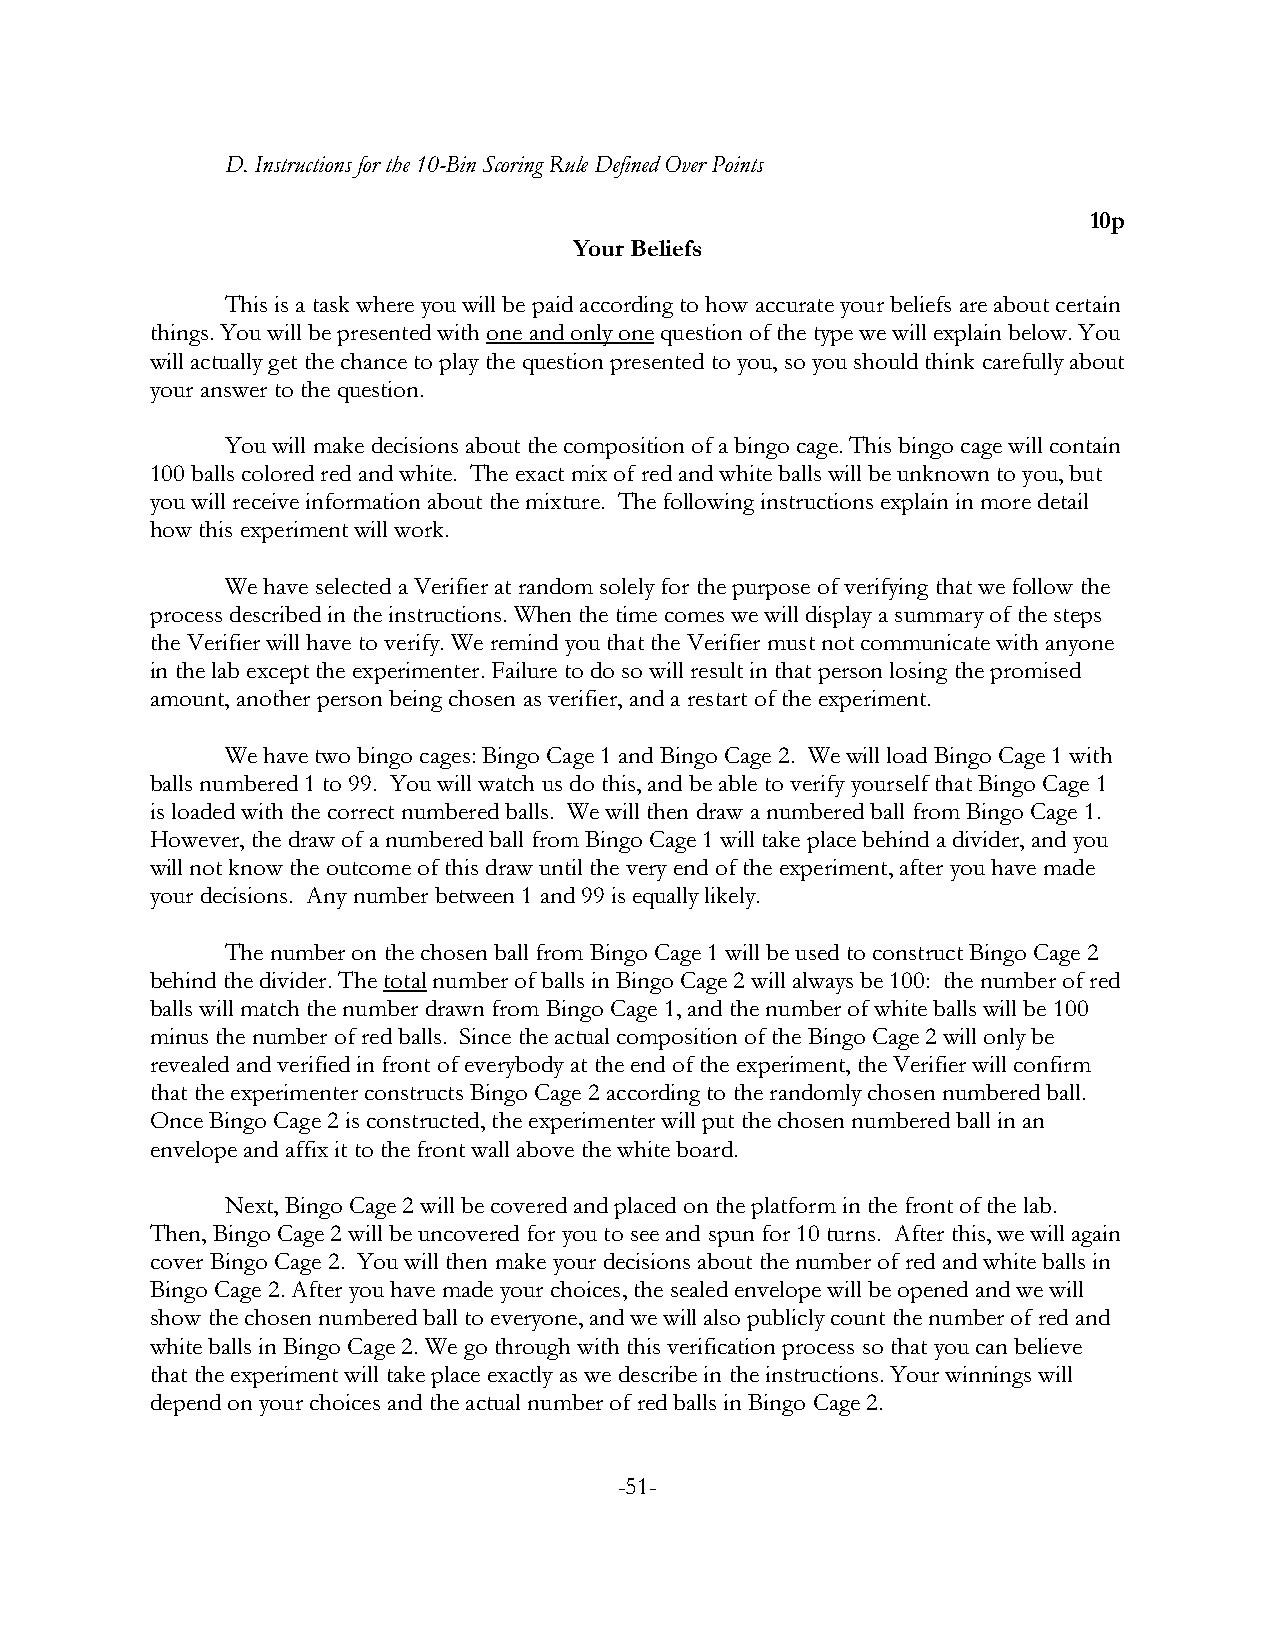
D. Instructions for the 10-Bin Scoring Rule Defined Over Points
 10p
 Your Beliefs
 This is a task where you will be paid according to how accurate your beliefs are about certain
 things. You will be presented with one and only one question of the type we will explain below. You
 will actually get the chance to play the question presented to you, so you should think carefully about
 your answer to the question.
 You will make decisions about the composition of a bingo cage. This bingo cage will contain
 100 balls colored red and white. The exact mix of red and white balls will be unknown to you, but
 you will receive information about the mixture. The following instructions explain in more detail
 how this experiment will work.
 We have selected a Verifier at random solely for the purpose of verifying that we follow the
 process described in the instructions. When the time comes we will display a summary of the steps
 the Verifier will have to verify. We remind you that the Verifier must not communicate with anyone
 in the lab except the experimenter. Failure to do so will result in that person losing the promised
 amount, another person being chosen as verifier, and a restart of the experiment.
 We have two bingo cages: Bingo Cage 1 and Bingo Cage 2. We will load Bingo Cage 1 with
 balls numbered 1 to 99. You will watch us do this, and be able to verify yourself that Bingo Cage 1
 is loaded with the correct numbered balls. We will then draw a numbered ball from Bingo Cage 1.
 However, the draw of a numbered ball from Bingo Cage 1 will take place behind a divider, and you
 will not know the outcome of this draw until the very end of the experiment, after you have made
 your decisions. Any number between 1 and 99 is equally likely.
 The number on the chosen ball from Bingo Cage 1 will be used to construct Bingo Cage 2
 behind the divider. The total number of balls in Bingo Cage 2 will always be 100: the number of red
 balls will match the number drawn from Bingo Cage 1, and the number of white balls will be 100
 minus the number of red balls. Since the actual composition of the Bingo Cage 2 will only be
 revealed and verified in front of everybody at the end of the experiment, the Verifier will confirm
 that the experimenter constructs Bingo Cage 2 according to the randomly chosen numbered ball.
 Once Bingo Cage 2 is constructed, the experimenter will put the chosen numbered ball in an
 envelope and affix it to the front wall above the white board.
 Next, Bingo Cage 2 will be covered and placed on the platform in the front of the lab.
 Then, Bingo Cage 2 will be uncovered for you to see and spun for 10 turns. After this, we will again
 cover Bingo Cage 2. You will then make your decisions about the number of red and white balls in
 Bingo Cage 2. After you have made your choices, the sealed envelope will be opened and we will
 show the chosen numbered ball to everyone, and we will also publicly count the number of red and
 white balls in Bingo Cage 2. We go through with this verification process so that you can believe
 that the experiment will take place exactly as we describe in the instructions. Your winnings will
 depend on your choices and the actual number of red balls in Bingo Cage 2.
 -51-